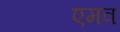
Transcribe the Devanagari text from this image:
एमव